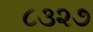
૮૩૨૭